system: You are a helpful assistant.
user:
Analyze the provided spectrum to determine if it is a **Carbon Star (C-type)**.

- **Key Visual Indicators of Carbon Star:**
    - **(Primary):** Strong molecular absorption from **C₂ (diatomic carbon) "Swan Bands."** This is the **defining feature** of a carbon star.
        - **(Key Bandheads):** Sharp absorption edges are visible at approximately $5635$ Å, $5165$ Å (the strongest band), and $4737$ Å.
        - **(Line Profile):** Creates a distinct **"saw-tooth"** pattern. The key morphology is a sharp, steep bandhead on the **red (long-wavelength) side**, which then gradually tapers off (i.e., flux recovers) towards the **blue (short-wavelength) side**. *(This is the direct opposite of the TiO bands seen in M-type stars)*.

    - **(Secondary):** Intense **CN (cyanogen)** molecular absorption bands.
        - **(Key Bandheads):** Located in the blue and violet regions of the spectrum (e.g., near $4215$ Å and $3883$ Å).
        - **(Morphology):** These bands are extremely broad and act as a "blanket," absorbing the vast majority of blue and violet light. This creates a characteristic **"cliff"** or **"steep drop-off"** in the spectrum's flux at short wavelengths.

    - **(Key Confirmation):** Strong **CH absorption band (G-band)**.
        - **(Key Bandhead):** Located around $4300$ Å. The contribution from CH molecules to this band is exceptionally strong.

    - **(Overall Spectrum):**
        - The continuum is severely "chopped up" by these deep molecular bands, especially C₂, rather than appearing as a smooth curve.
        - Due to the heavy CN and C₂ absorption in the blue-green, the vast majority of the star's flux is concentrated in the red part of the spectrum, giving the star its characteristic deep red color.

Think first, call **spectral_visualization_tool** if needed to examine features in detail, then provide your final answer. Your response must adhere to the following strict rules:
1.  **Overall Structure:** Your response must follow the format `<think>...</think> <tool_call>...</tool_call> (if a tool is used) <answer>...</answer>`.
2.  **Tool Usage Constraint:** You may only make **one** tool call per turn.
3.  **Final Answer Format:** In the `<answer>` tag, your conclusion must be inside a `\boxed{}` command (e.g., `\boxed{YES}`), followed by your justification.

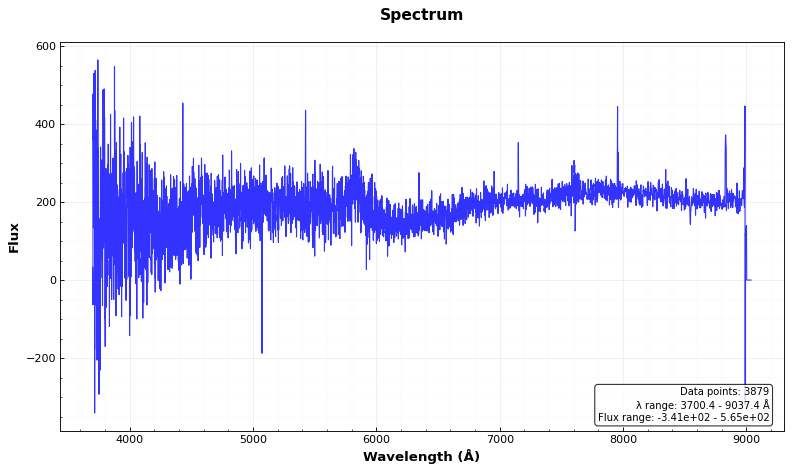
Answer: NO